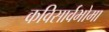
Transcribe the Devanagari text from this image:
कविसार्वभोमा